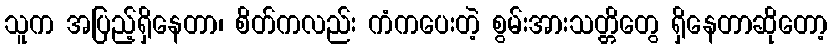
သူက အပြည့်ရှိနေတာ၊ စိတ်ကလည်း ကံကပေးတဲ့ စွမ်းအားသတ္တိတွေ ရှိနေတာဆိုတော့